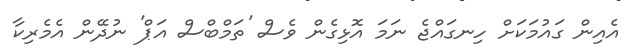
އެއިން ގައުމަކަށް ހިނގައްޖެ ނަމަ އޮޅިގެން ވެސް 'ތަމްބްސް އަޕް' ނުދޭން އެމެރިކާ